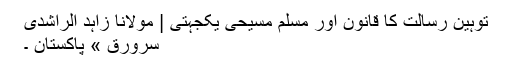
توہین رسالت کا قانون اور مسلم مسیحی یکجہتی | مولانا زاہد الراشدی
سرورق » پاکستان ۔